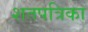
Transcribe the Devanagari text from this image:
शतपत्रिका